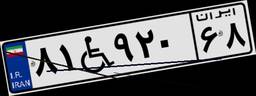
۸۱W۹۲۰۶۸